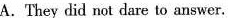
A. They did not dare to answer.